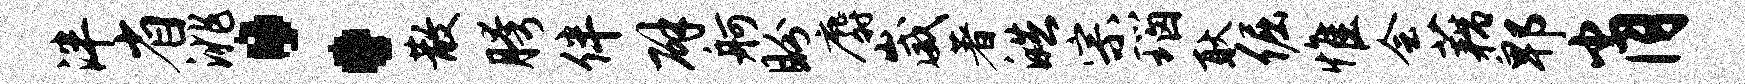
泮省洮：散胯伴辟舸盼麝崴著皓宗瑙耿倔惟会藕郫肖